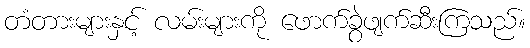
တံတားများနှင့် လမ်းများကို ဖောက်ခွဲဖျက်ဆီးကြသည်။